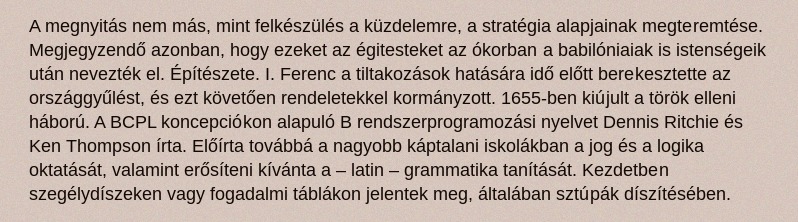
A megnyitás nem más, mint felkészülés a küzdelemre, a stratégia alapjainak megteremtése. Megjegyzendő azonban, hogy ezeket az égitesteket az ókorban a babilóniaiak is istenségeik után nevezték el. Építészete. I. Ferenc a tiltakozások hatására idő előtt berekesztette az országgyűlést, és ezt követően rendeletekkel kormányzott. 1655-ben kiújult a török elleni háború. A BCPL koncepciókon alapuló B rendszerprogramozási nyelvet Dennis Ritchie és Ken Thompson írta. Előírta továbbá a nagyobb káptalani iskolákban a jog és a logika oktatását, valamint erősíteni kívánta a – latin – grammatika tanítását. Kezdetben szegélydíszeken vagy fogadalmi táblákon jelentek meg, általában sztúpák díszítésében.